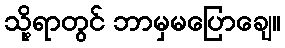
သို့ရာတွင် ဘာမှမပြောချေ။